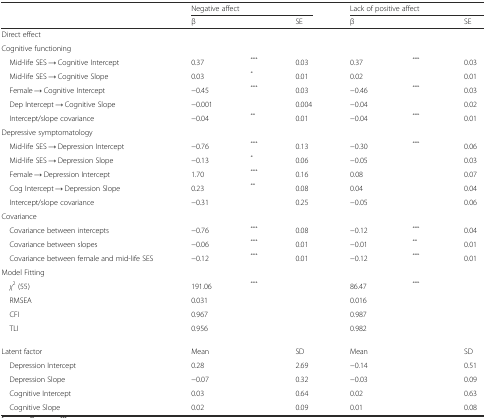
<table><thead><tr><td></td><td colspan="3"><b>Negative affect</b></td><td colspan="3"><b>Lack of positive affect</b></td></tr><tr><td></td><td><b>β</b></td><td></td><td><b>SE</b></td><td><b>β</b></td><td></td><td><b>SE</b></td></tr></thead><tbody><tr><td>Direct effect</td><td></td><td></td><td></td><td></td><td></td><td></td></tr><tr><td>Cognitive functioning</td><td></td><td></td><td></td><td></td><td></td><td></td></tr><tr><td> Mid-life SES → Cognitive Intercept</td><td>0.37</td><td><sup>***</sup></td><td>0.03</td><td>0.37</td><td><sup>***</sup></td><td>0.03</td></tr><tr><td> Mid-life SES → Cognitive Slope</td><td>0.03</td><td><sup>*</sup></td><td>0.01</td><td>0.02</td><td></td><td>0.01</td></tr><tr><td> Female → Cognitive Intercept</td><td>−0.45</td><td><sup>***</sup></td><td>0.03</td><td>−0.46</td><td><sup>***</sup></td><td>0.03</td></tr><tr><td> Dep Intercept → Cognitive Slope</td><td>−0.001</td><td></td><td>0.004</td><td>−0.04</td><td></td><td>0.02</td></tr><tr><td> Intercept/slope covariance</td><td>−0.04</td><td><sup>**</sup></td><td>0.01</td><td>−0.04</td><td><sup>***</sup></td><td>0.01</td></tr><tr><td>Depressive symptomatology</td><td></td><td></td><td></td><td></td><td></td><td></td></tr><tr><td> Mid-life SES → Depression Intercept</td><td>−0.76</td><td><sup>***</sup></td><td>0.13</td><td>−0.30</td><td><sup>***</sup></td><td>0.06</td></tr><tr><td> Mid-life SES → Depression Slope</td><td>−0.13</td><td><sup>*</sup></td><td>0.06</td><td>−0.05</td><td></td><td>0.03</td></tr><tr><td> Female → Depression Intercept</td><td>1.70</td><td><sup>***</sup></td><td>0.16</td><td>0.08</td><td></td><td>0.07</td></tr><tr><td> Cog Intercept → Depression Slope</td><td>0.23</td><td><sup>**</sup></td><td>0.08</td><td>0.04</td><td></td><td>0.04</td></tr><tr><td> Intercept/slope covariance</td><td>−0.31</td><td></td><td>0.25</td><td>−0.05</td><td></td><td>0.06</td></tr><tr><td>Covariance</td><td></td><td></td><td></td><td></td><td></td><td></td></tr><tr><td> Covariance between intercepts</td><td>−0.76</td><td><sup>***</sup></td><td>0.08</td><td>−0.12</td><td><sup>***</sup></td><td>0.04</td></tr><tr><td> Covariance between slopes</td><td>−0.06</td><td><sup>***</sup></td><td>0.01</td><td>−0.01</td><td><sup>**</sup></td><td>0.01</td></tr><tr><td> Covariance between female and mid-life SES</td><td>−0.12</td><td><sup>***</sup></td><td>0.01</td><td>−0.12</td><td><sup>***</sup></td><td>0.01</td></tr><tr><td>Model Fitting</td><td></td><td></td><td></td><td></td><td></td><td></td></tr><tr><td> <i>χ</i><sup>2</sup> (55)</td><td>191.06</td><td><sup>***</sup></td><td></td><td>86.47</td><td><sup>***</sup></td><td></td></tr><tr><td> RMSEA</td><td>0.031</td><td></td><td></td><td>0.016</td><td></td><td></td></tr><tr><td> CFI</td><td>0.967</td><td></td><td></td><td>0.987</td><td></td><td></td></tr><tr><td> TLI</td><td>0.956</td><td></td><td></td><td>0.982</td><td></td><td></td></tr><tr><td>Latent factor</td><td>Mean</td><td></td><td>SD</td><td>Mean</td><td></td><td>SD</td></tr><tr><td> Depression Intercept</td><td>0.28</td><td></td><td>2.69</td><td>−0.14</td><td></td><td>0.51</td></tr><tr><td> Depression Slope</td><td>−0.07</td><td></td><td>0.32</td><td>−0.03</td><td></td><td>0.09</td></tr><tr><td> Cognitive Intercept</td><td>0.03</td><td></td><td>0.64</td><td>0.02</td><td></td><td>0.63</td></tr><tr><td> Cognitive Slope</td><td>0.02</td><td></td><td>0.09</td><td>0.01</td><td></td><td>0.08</td></tr></tbody></table>